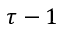
\tau - 1